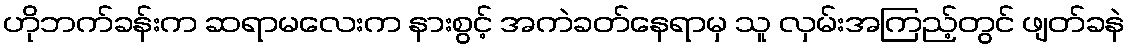
ဟိုဘက်ခန်းက ဆရာမလေးက နားစွင့် အကဲခတ်နေရာမှ သူ လှမ်းအကြည့်တွင် ဖျတ်ခနဲ